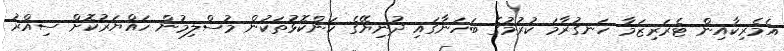
އެމެރިކާއިން ޓެރަރިޒަމާ ހަނގުރާމަ ކުރުމުގެ ބަހަނާގައި ދުނިޔޭގެ ކަންކޮޅުތަކުން މުސްލިމުން ހައްޔަރުކޮށް ސިއްރު